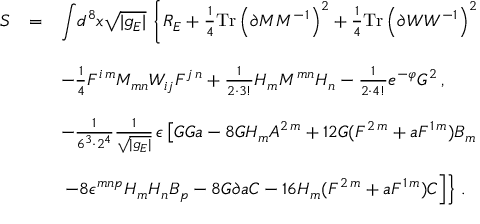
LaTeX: \begin{array} { r c l } { { S } } & { { = } } & { { { \displaystyle \int } d ^ { 8 } x \sqrt { | g _ { E } | } \, \left\{ R _ { E } + \frac { 1 } { 4 } \mathrm { T r } \left( \partial { \cal M } { \cal M } ^ { - 1 } \right) ^ { 2 } + \frac { 1 } { 4 } \mathrm { T r } \left( \partial { \cal W } { \cal W } ^ { - 1 } \right) ^ { 2 } \right. } } \\ { { } } & { { } } & { { } } \\ { { } } & { { } } & { { - \frac { 1 } { 4 } F ^ { i \, m } { \cal M } _ { m n } { \cal W } _ { i j } F ^ { j \, n } + \frac { 1 } { 2 \cdot 3 ! } H _ { m } { \cal M } ^ { m n } H _ { n } - \frac { 1 } { 2 \cdot 4 ! } e ^ { - \varphi } G ^ { 2 } \, , } } \\ { { } } & { { } } & { { } } \\ { { } } & { { } } & { { - \frac { 1 } { 6 ^ { 3 } \cdot 2 ^ { 4 } } { \textstyle \frac { 1 } { \sqrt { | g _ { E } | } } } \, \epsilon \left[ G G a - 8 G H _ { m } A ^ { 2 \, m } + 1 2 G ( F ^ { 2 \, m } + a F ^ { 1 \, m } ) B _ { m } \right. } } \\ { { } } & { { } } & { { } } \\ { { } } & { { } } & { { \left. \left. - 8 \epsilon ^ { m n p } H _ { m } H _ { n } B _ { p } - 8 G \partial a C - 1 6 H _ { m } ( F ^ { 2 \, m } + a F ^ { 1 \, m } ) C \right] \right\} \, . } } \end{array}